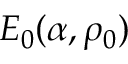
E _ { 0 } ( \alpha , \rho _ { 0 } )